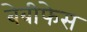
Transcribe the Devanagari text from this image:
बेबीफेस